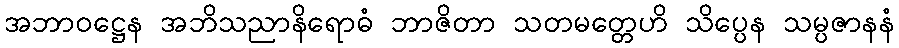
အဘာဝဋ္ဌေန အဘိသညာနိရောဓံ ဘာဇိတာ သတမတ္တေဟိ သိပ္ပေန သမ္ပဇာနနံ